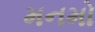
મનમો